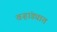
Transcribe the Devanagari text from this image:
वऱ्हांड्यात